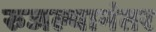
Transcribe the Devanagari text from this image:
रुजल्यानंतर